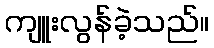
ကျူးလွန်ခဲ့သည်။